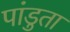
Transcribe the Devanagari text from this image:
पांडुता